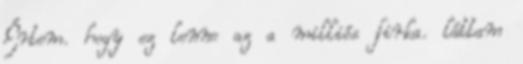
Értem. hogy ez lenne az a milliós firka. láttam